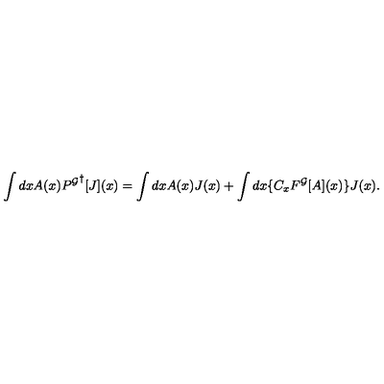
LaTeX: \int d x A ( x ) { P ^ { \cal G } } ^ { \dagger } [ J ] ( x ) = \int d x A ( x ) J ( x ) + \int d x \{ C _ { x } F ^ { \cal G } [ A ] ( x ) \} J ( x ) .